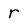
Character: r